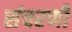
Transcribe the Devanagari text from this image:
संचरणी